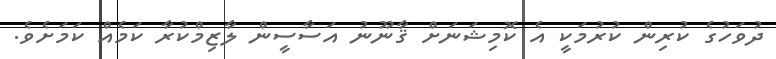
ދުވަހުގެ ކުރިން ކުރުމަކީ އެ ކޮމިޝަނަށް ޤާނޫނު އަސާސީން ލާޒިމްކުރާ ކަމެއް ކަމަށެވެ.